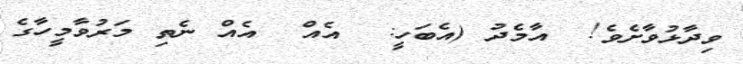
ވިދާޅުވާށެވެ!  އާމެދު (އެބަހީ:  އެއް  އެއް ނެތި މަރުވާމީހާގެ